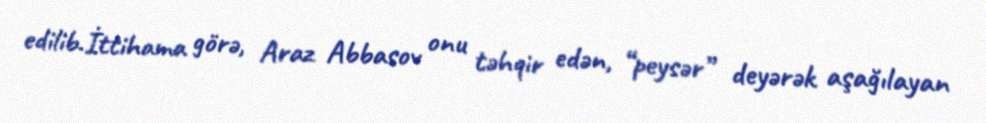
edilib.İttihama görə, Araz Abbasov onu təhqir edən, “peysər” deyərək aşağılayan